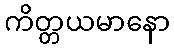
ကိတ္တယမာနော